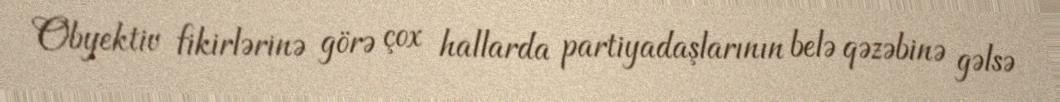
Obyektiv fikirlərinə görə çox hallarda partiyadaşlarının belə qəzəbinə gəlsə